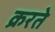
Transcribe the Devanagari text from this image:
क्ररते